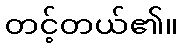
တင့်တယ်၏။